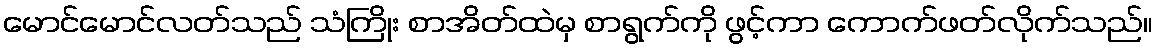
မောင်မောင်လတ်သည် သံကြိုး စာအိတ်ထဲမှ စာရွက်ကို ဖွင့်ကာ ကောက်ဖတ်လိုက်သည်။